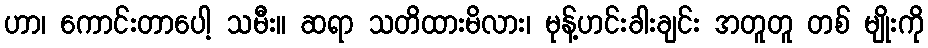
ဟာ၊ ကောင်းတာပေါ့ သမီး။ ဆရာ သတိထားမိလား၊ မုန့်ဟင်းခါးချင်း အတူတူ တစ် မျိုးကို